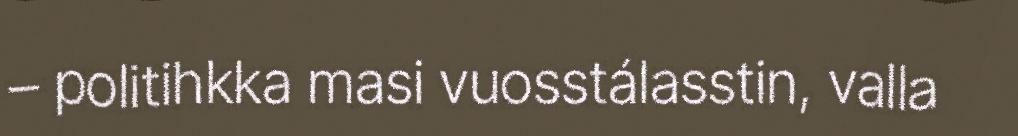
– politihkka masi vuosstálasstin, valla